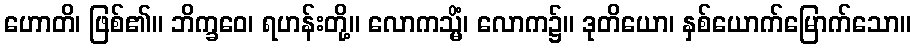
ဟောတိ၊ ဖြစ်၏။ ဘိက္ခဝေ၊ ရဟန်းတို့။ လောကသ္မိံ၊ လောက၌။ ဒုတိယော၊ နှစ်ယောက်မြောက်သော။